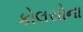
કોલસોના